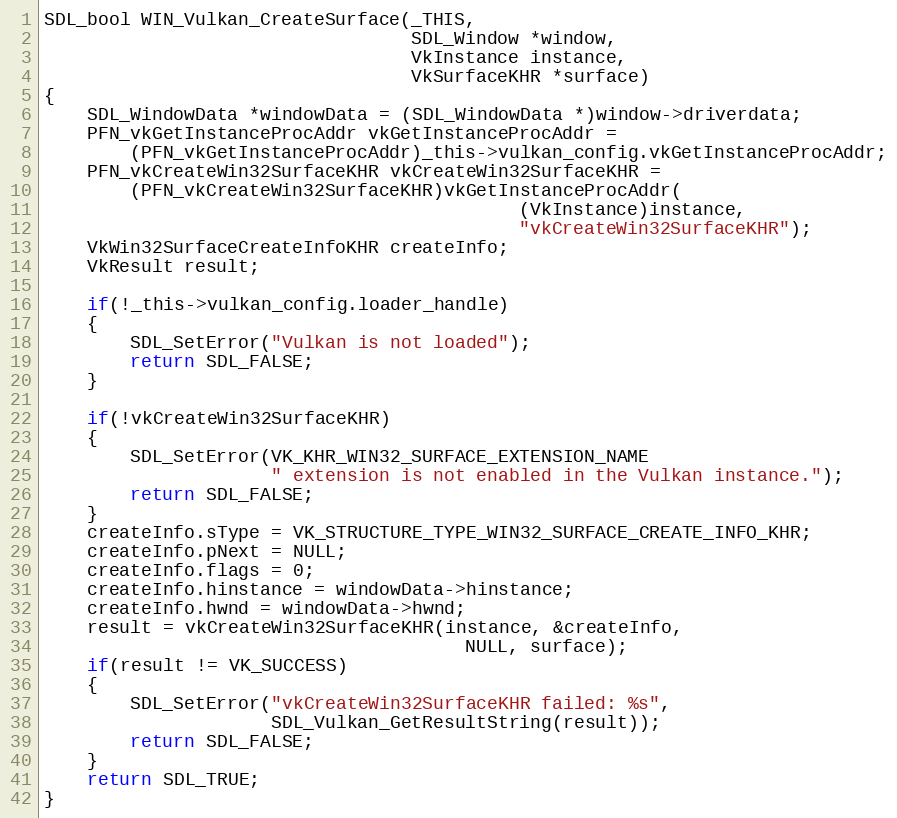
Language: C
SDL_bool WIN_Vulkan_CreateSurface(_THIS,
                                  SDL_Window *window,
                                  VkInstance instance,
                                  VkSurfaceKHR *surface)
{
    SDL_WindowData *windowData = (SDL_WindowData *)window->driverdata;
    PFN_vkGetInstanceProcAddr vkGetInstanceProcAddr =
        (PFN_vkGetInstanceProcAddr)_this->vulkan_config.vkGetInstanceProcAddr;
    PFN_vkCreateWin32SurfaceKHR vkCreateWin32SurfaceKHR =
        (PFN_vkCreateWin32SurfaceKHR)vkGetInstanceProcAddr(
                                            (VkInstance)instance,
                                            "vkCreateWin32SurfaceKHR");
    VkWin32SurfaceCreateInfoKHR createInfo;
    VkResult result;

    if(!_this->vulkan_config.loader_handle)
    {
        SDL_SetError("Vulkan is not loaded");
        return SDL_FALSE;
    }

    if(!vkCreateWin32SurfaceKHR)
    {
        SDL_SetError(VK_KHR_WIN32_SURFACE_EXTENSION_NAME
                     " extension is not enabled in the Vulkan instance.");
        return SDL_FALSE;
    }
    createInfo.sType = VK_STRUCTURE_TYPE_WIN32_SURFACE_CREATE_INFO_KHR;
    createInfo.pNext = NULL;
    createInfo.flags = 0;
    createInfo.hinstance = windowData->hinstance;
    createInfo.hwnd = windowData->hwnd;
    result = vkCreateWin32SurfaceKHR(instance, &createInfo,
                                       NULL, surface);
    if(result != VK_SUCCESS)
    {
        SDL_SetError("vkCreateWin32SurfaceKHR failed: %s",
                     SDL_Vulkan_GetResultString(result));
        return SDL_FALSE;
    }
    return SDL_TRUE;
}